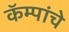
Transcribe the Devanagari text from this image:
कॅम्पांचे